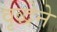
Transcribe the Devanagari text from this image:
वृद्धेने